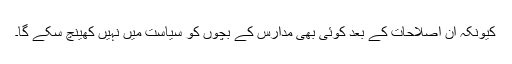
کیونکہ ان اصلاحات کے بعد کوئی بھی مدارس کے بچوں کو سیاست میں نہیں کھینچ سکے گا۔